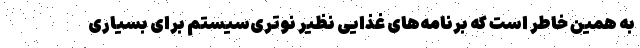
به همین خاطر است که برنامه‌های غذایی نظیر نوتری‌سیستم برای بسیاری